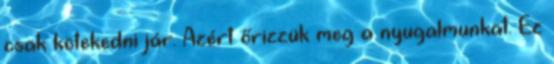
csak kötekedni jár. Azért őrizzük meg a nyugalmunkat. Ez